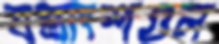
যন্ত্রাংশগুল